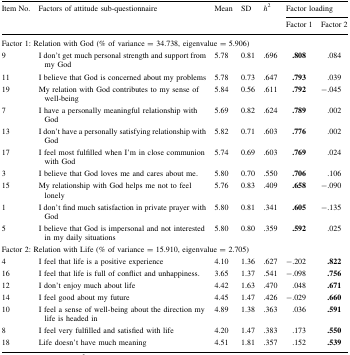
| <ROWSPAN=2> Item No. | <ROWSPAN=2> Factors of attitude sub-questionnaire | <ROWSPAN=2> Mean | <ROWSPAN=2> SD | <ROWSPAN=2> h2 | <COLSPAN=2> Factor loading |
 | Factor 1 | Factor 2 |
 | --- | --- | --- | --- | --- | --- | --- |
 | <COLSPAN=7> Factor 1: Relation with God (% of variance = 34.738, eigenvalue = 5.906) |
 | 9 | I don’t get much personal strength and support from my God | 5.78 | 0.81 | .696 | .808 | .084 |
 | 11 | I believe that God is concerned about my problems | 5.78 | 0.73 | .647 | .793 | .039 |
 | 19 | My relation with God contributes to my sense of well-being | 5.84 | 0.56 | .611 | .792 | −.045 |
 | 7 | I have a personally meaningful relationship with God | 5.69 | 0.82 | .624 | .789 | .002 |
 | 13 | I don’t have a personally satisfying relationship with God | 5.82 | 0.71 | .603 | .776 | .002 |
 | 17 | I feel most fulfilled when I’m in close communion with God | 5.74 | 0.69 | .603 | .769 | .024 |
 | 3 | I believe that God loves me and cares about me. | 5.80 | 0.70 | .550 | .706 | .106 |
 | 15 | My relationship with God helps me not to feel lonely | 5.76 | 0.83 | .409 | .658 | −.090 |
 | 1 | I don’t find much satisfaction in private prayer with God | 5.80 | 0.81 | .341 | .605 | −.135 |
 | 5 | I believe that God is impersonal and not interested in my daily situations | 5.80 | 0.80 | .359 | .592 | .025 |
 | <COLSPAN=7> Factor 2: Relation with Life (% of variance = 15.910, eigenvalue = 2.705) |
 | 4 | I feel that life is a positive experience | 4.10 | 1.36 | .627 | −.202 | .822 |
 | 16 | I feel that life is full of conflict and unhappiness. | 3.65 | 1.37 | .541 | −.098 | .756 |
 | 12 | I don’t enjoy much about life | 4.42 | 1.63 | .470 | .048 | .671 |
 | 14 | I feel good about my future | 4.45 | 1.47 | .426 | −.029 | .660 |
 | 10 | I feel a sense of well-being about the direction my life is headed in | 4.89 | 1.38 | .363 | .036 | .591 |
 | 8 | I feel very fulfilled and satisfied with life | 4.20 | 1.47 | .383 | .173 | .550 |
 | 18 | Life doesn’t have much meaning | 4.51 | 1.81 | .357 | .152 | .539 |